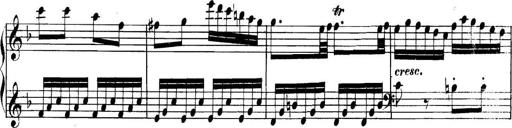
Title: Collected Piano Sonatas
Composer: Muzio Clementi